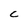
Character: C